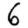
Digit: 6